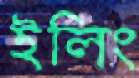
ইলিং